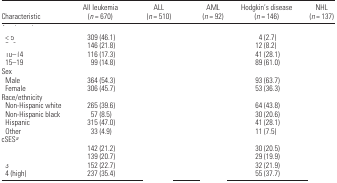
<table><thead><tr><td><b>Characteristic</b></td><td><b>All leukemia (<i>n</i> = 670)</b></td><td><b>ALL (<i>n</i> = 510)</b></td><td><b>AML (<i>n</i> = 92)</b></td><td><b>Hodgkin’s disease (<i>n</i> = 146)</b></td><td><b>NHL (<i>n</i> = 137)</b></td></tr></thead><tbody><tr><td colspan="6">[EMPTY_CELL]</td></tr><tr><td> &lt; 5</td><td>309 (46.1)</td><td>[EMPTY_CELL]</td><td>[EMPTY_CELL]</td><td>4 (2.7)</td><td>[EMPTY_CELL]</td></tr><tr><td>[EMPTY_CELL]</td><td>146 (21.8)</td><td>[EMPTY_CELL]</td><td>[EMPTY_CELL]</td><td>12 (8.2)</td><td>[EMPTY_CELL]</td></tr><tr><td> 10–14</td><td>116 (17.3)</td><td>[EMPTY_CELL]</td><td>[EMPTY_CELL]</td><td>41 (28.1)</td><td>[EMPTY_CELL]</td></tr><tr><td> 15–19</td><td>99 (14.8)</td><td>[EMPTY_CELL]</td><td>[EMPTY_CELL]</td><td>89 (61.0)</td><td>[EMPTY_CELL]</td></tr><tr><td colspan="6">Sex</td></tr><tr><td> Male</td><td>364 (54.3)</td><td>[EMPTY_CELL]</td><td>[EMPTY_CELL]</td><td>93 (63.7)</td><td>[EMPTY_CELL]</td></tr><tr><td> Female</td><td>306 (45.7)</td><td>[EMPTY_CELL]</td><td>[EMPTY_CELL]</td><td>53 (36.3)</td><td>[EMPTY_CELL]</td></tr><tr><td colspan="6">Race/ethnicity</td></tr><tr><td> Non-Hispanic white</td><td>265 (39.6)</td><td>[EMPTY_CELL]</td><td>[EMPTY_CELL]</td><td>64 (43.8)</td><td>[EMPTY_CELL]</td></tr><tr><td> Non-Hispanic black</td><td>57 (8.5)</td><td>[EMPTY_CELL]</td><td>[EMPTY_CELL]</td><td>30 (20.6)</td><td>[EMPTY_CELL]</td></tr><tr><td> Hispanic</td><td>315 (47.0)</td><td>[EMPTY_CELL]</td><td>[EMPTY_CELL]</td><td>41 (28.1)</td><td>[EMPTY_CELL]</td></tr><tr><td> Other</td><td>33 (4.9)</td><td>[EMPTY_CELL]</td><td>[EMPTY_CELL]</td><td>11 (7.5)</td><td>[EMPTY_CELL]</td></tr><tr><td colspan="6">cSESa</td></tr><tr><td>[EMPTY_CELL]</td><td>142 (21.2)</td><td>[EMPTY_CELL]</td><td>[EMPTY_CELL]</td><td>30 (20.5)</td><td>[EMPTY_CELL]</td></tr><tr><td>[EMPTY_CELL]</td><td>139 (20.7)</td><td>[EMPTY_CELL]</td><td>[EMPTY_CELL]</td><td>29 (19.9)</td><td>[EMPTY_CELL]</td></tr><tr><td> 3</td><td>152 (22.7)</td><td>[EMPTY_CELL]</td><td>[EMPTY_CELL]</td><td>32 (21.9)</td><td>[EMPTY_CELL]</td></tr><tr><td> 4 (high)</td><td>237 (35.4)</td><td>[EMPTY_CELL]</td><td>[EMPTY_CELL]</td><td>55 (37.7)</td><td>[EMPTY_CELL]</td></tr></tbody></table>